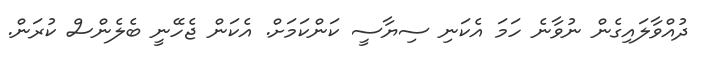
ދުއްވާލައިގެން ނުވާނެ ހަމަ އެކަނި ސިޔާސީ ކަންކަމަށް. އެކަން ޖެހޭނީ ބެލެންސް ކުރަން.